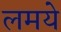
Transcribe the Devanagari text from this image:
लमये